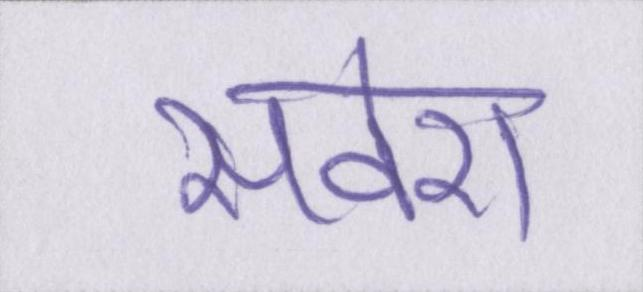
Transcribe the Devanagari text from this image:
सवेरा